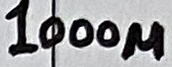
Text: 1000µ